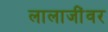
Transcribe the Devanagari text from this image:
लालाजींवर